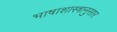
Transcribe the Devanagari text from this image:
भाषाशास्त्रानुसार